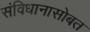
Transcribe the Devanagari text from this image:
संविधानासोबत